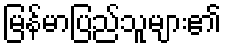
မြန်မာပြည်သူများ၏